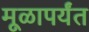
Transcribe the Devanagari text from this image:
मूळापर्यंत